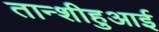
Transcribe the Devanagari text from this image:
तान्शीहुआई